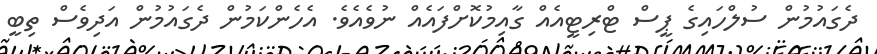
ދެގައުމުން ސުލްހައިގެ ޕީސް ޓްރިޓީއެއް ގާއިމުކޮށްފައެއް ނުވެއެވެ. އެހެންކަމުން ދެގައުމުން އަދިވެސް ތިބީ